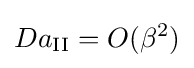
Da_{\mathrm {II} }=O(\beta ^{2})